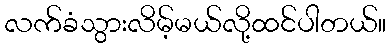
လက်ခံသွားလိမ့်မယ်လို့ထင်ပါတယ်။